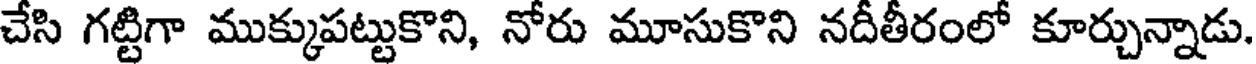
చేసి గట్టిగా ముక్కుపట్టుకొని, నోరు మూసుకొని నదీతీరంలో కూర్చున్నాడు